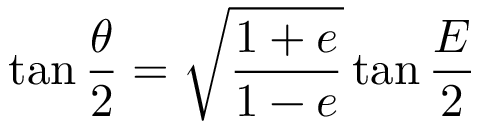
\tan { \frac { \theta } { 2 } } = { \sqrt { \frac { 1 + e } { 1 - e } } } \tan { \frac { E } { 2 } }